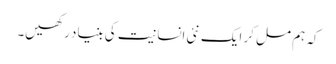
کہ ہم مل کر ایک نئی انسانیت کی بنیاد رکھیں۔